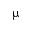
\upmu